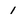
Character: 1